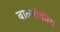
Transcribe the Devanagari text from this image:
बाल्मीकीय